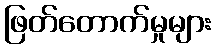
ဖြတ်တောက်မှုများ